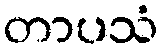
တာပသံ